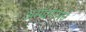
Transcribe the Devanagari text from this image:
अस्पॅरॅगसचे